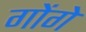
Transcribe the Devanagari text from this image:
गोंगे